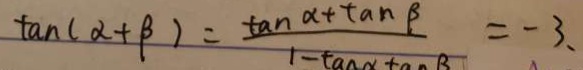
\tan ( \alpha + \beta ) = \frac { \tan \alpha + \tan \beta } { 1 - \tan \alpha \tan \beta } = - 3 ,